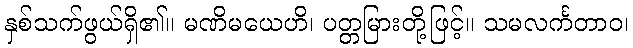
နှစ်သက်ဖွယ်ရှိ၏။ မဏိမယေဟိ၊ ပတ္တမြားတို့ဖြင့်။ သမလင်္ကတာဝ၊